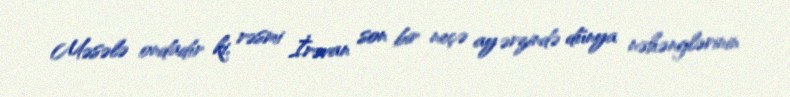
Məsələ ondadır ki, rəsmi İrəvan son bir neçə ay ərzində dünya nəhənglərinin